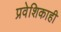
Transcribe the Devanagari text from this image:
प्रवेशिकाही